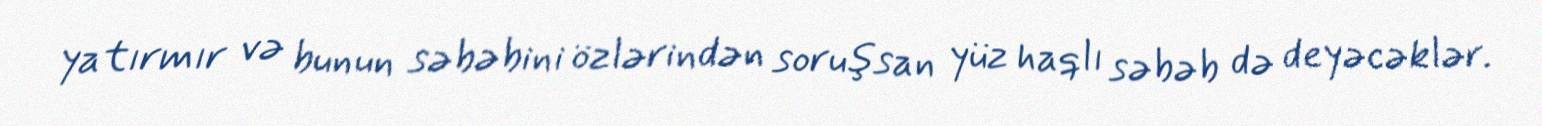
yatırmır və bunun səbəbini özlərindən soruşsan yüz haqlı səbəb də deyəcəklər.